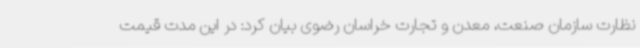
نظارت سازمان صنعت، معدن و تجارت خراسان رضوی بیان کرد: در این مدت قیمت